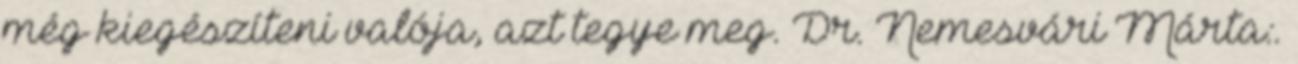
még kiegészíteni valója, azt tegye meg. Dr. Nemesvári Márta:.